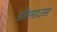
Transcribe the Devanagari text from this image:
डौरमाउस